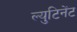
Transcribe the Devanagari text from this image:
ल्युटिनेंट